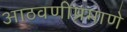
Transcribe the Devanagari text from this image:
आठवणीप्रमाणे